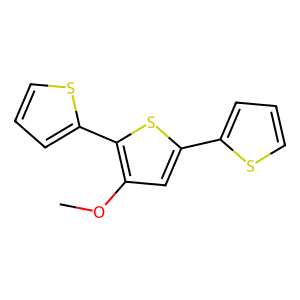
SMILES: COc1cc(-c2cccs2)sc1-c1cccs1
Inhibits HIV replication: No